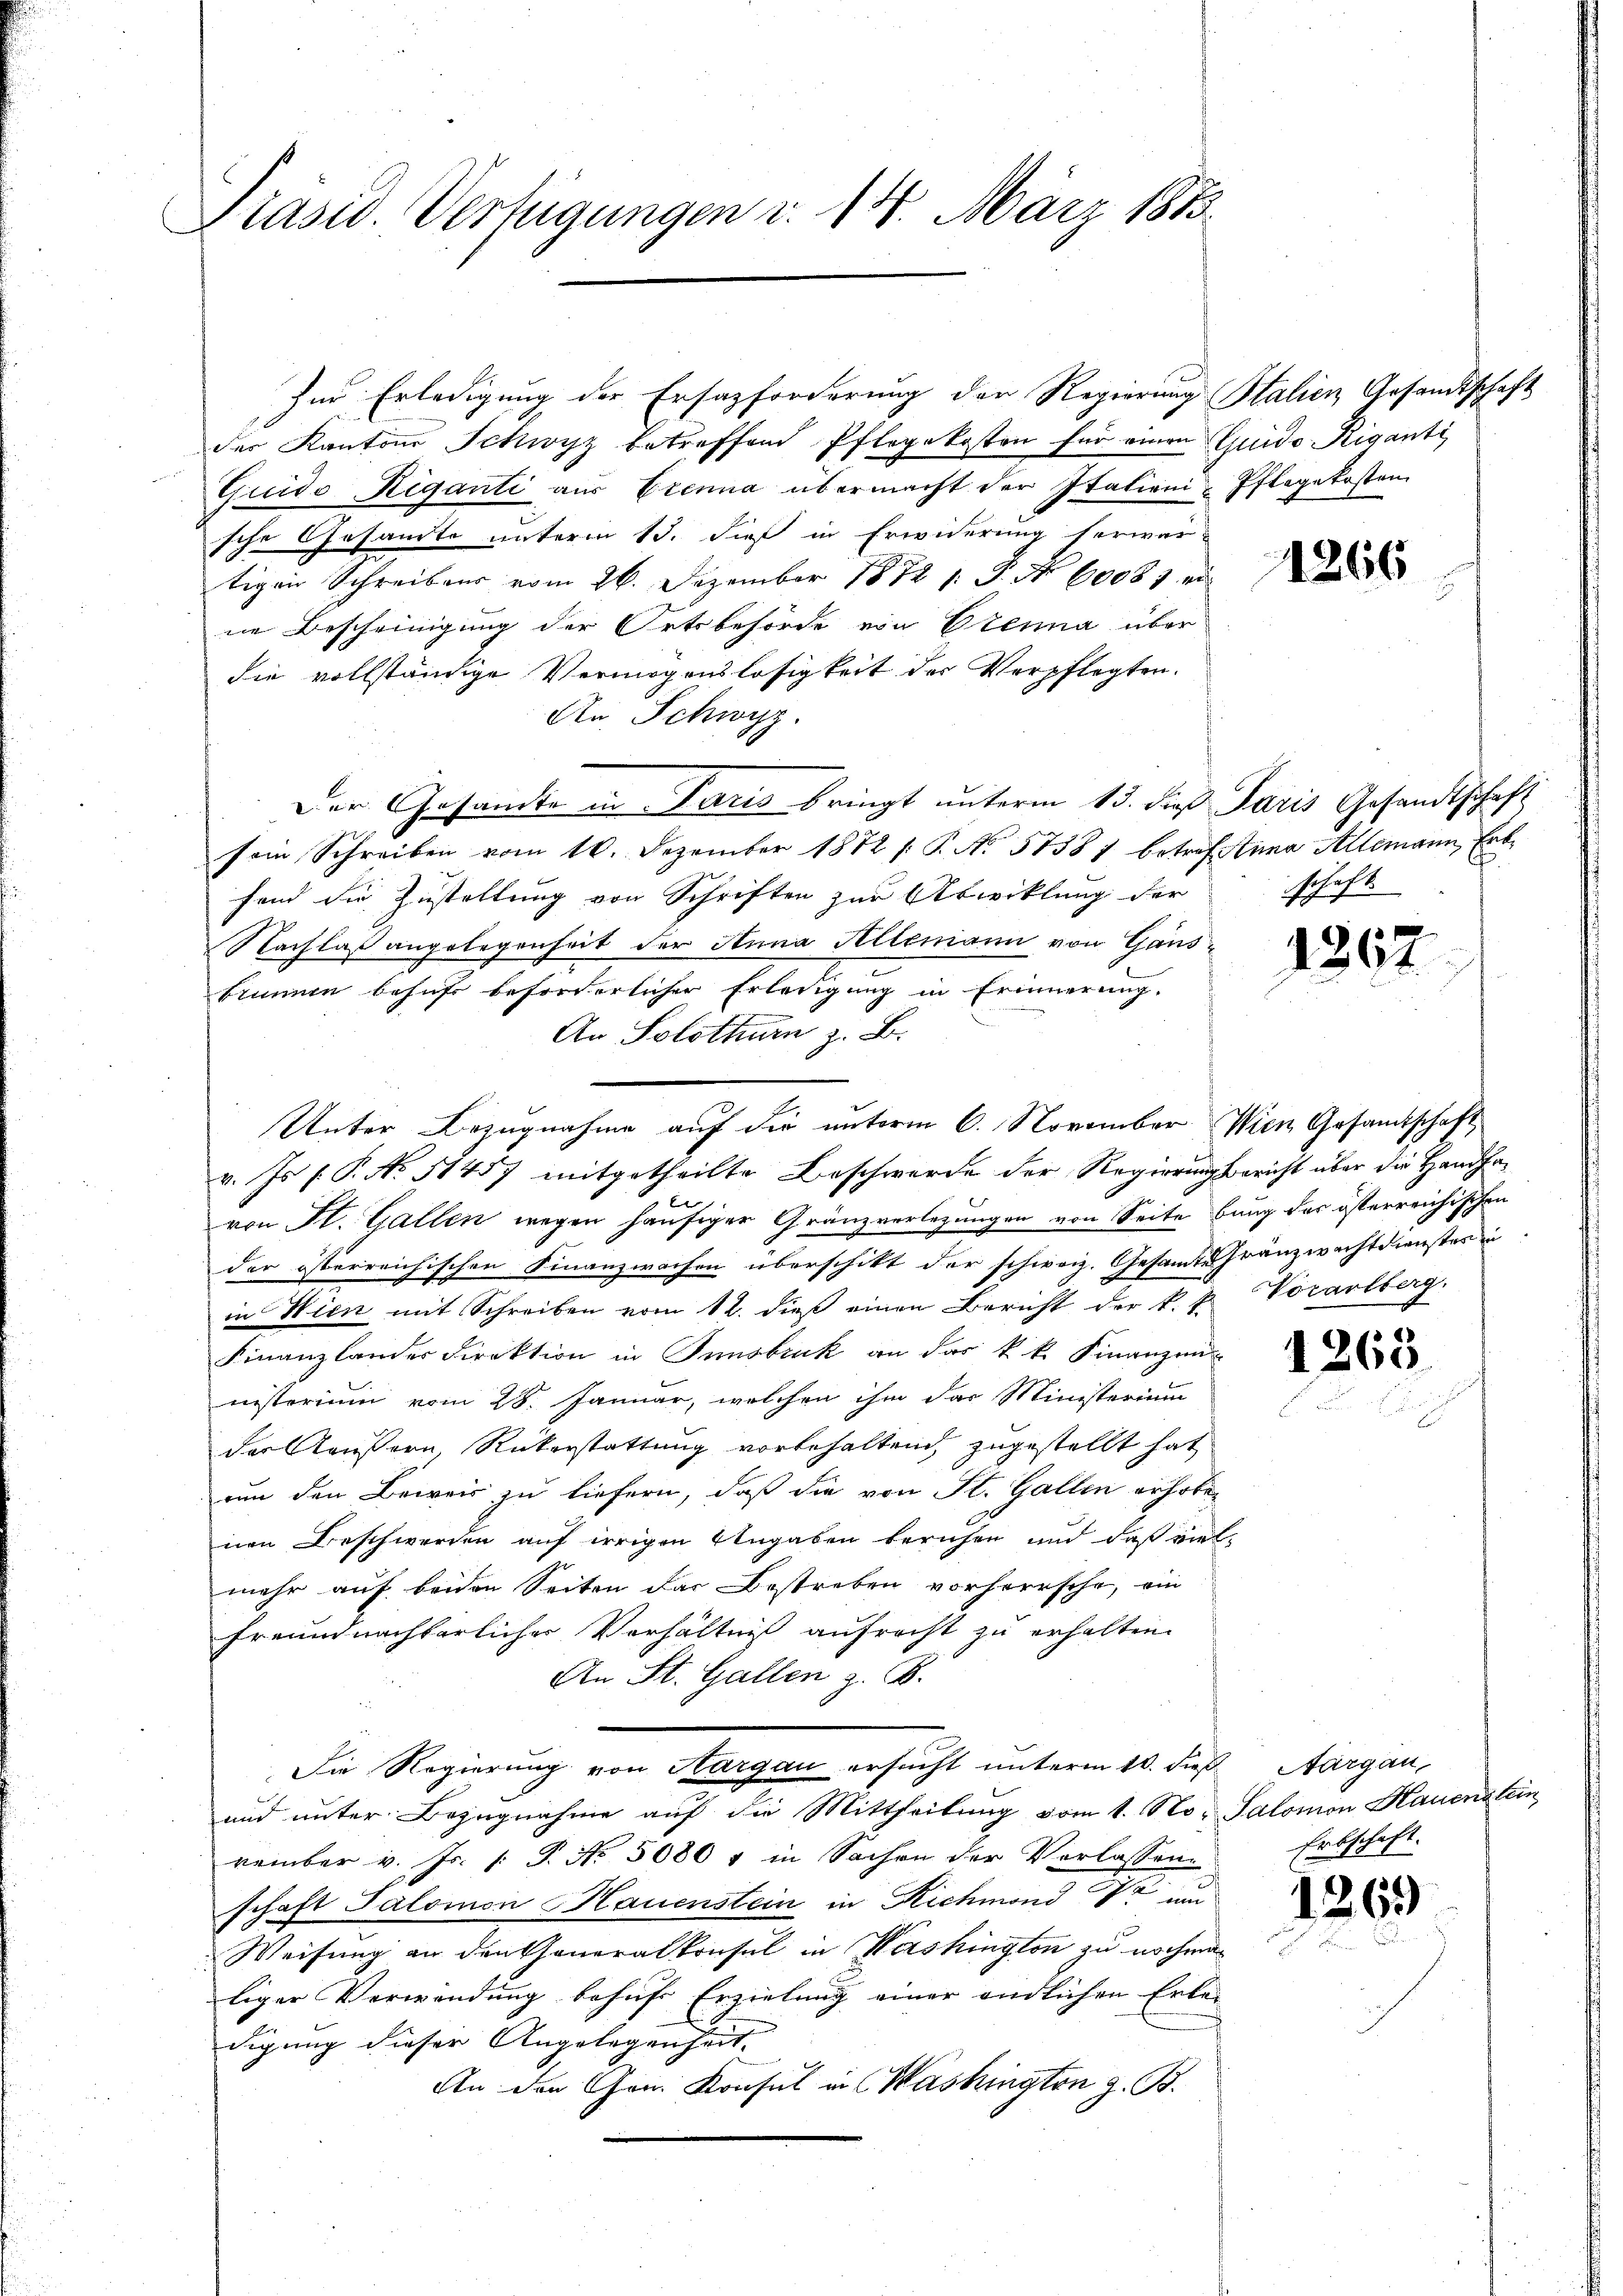
Präsid. Verfügungen d. 14. März 1883.

für Erledigung der Ersatzforderung der Regierung Stalien Gesandtschaft
der Kantons Schwyz betreffend Pflegekosten für einen Guido Riganti
Guido Riganti aus Erenna übermacht der Italieni-Pflegekosten
sche Gesandte unterm 15. dieß in Erwiderung herwar-
tigen Schreiben vom 26. Dezember 1872 s. P. No 60081 ve
ne Bescheinigung der Ortsbehörde von Otenna über
die vollständige Vermögenslosigkeit der Verpflegten.
An Schwyz.
Der Gesamte in Paris bringt unterm 13. di Paris Gesandtschaft
sein Schreiben vom 10. Dezember 1872 /: P. No. 57381 betreffina Allemann, Erbfend die Zustellung von Schriften zur Abwicklung derschaft
Nachlaß angelegenheit der Anna Allemann von Gäns¬
Stinne behufs beforderlicher Erledigung in Erinnerung.
An Solothurn z. B.
Unter Bezugnahme auf die unterm 6. November Wien Gesamtschaft
v. Js. f. P. No 51457 mitgetheilte Beschwerde der Regierungsbericht über die Handhar
von St. Gallen wegen häufiger Gränzverlegungen von Seite bung das österreichischen
der österreichischen Finanzwachen überschikt der schweiz. Gesamte Franzwachtdienster in
in Wien mit Schreiben vom 12. dieß einen Bericht der k. k.
Finanzlander Direktion in Innsbruck an das k. k. Finanzen
nisterium vom 28. Januar, welchen ihm das Ministerium
der Käufern, Rükerstattung vorbehaltend, zugestellt hat
un den Beweis zu liefern, daß die von St. Gallen erhoben
nen Beschwerden auf irrigen Angaben beruhen und daß viel-
mehr auf beiden Seiten das Bestreben vorherrsche, ein
freundnachbarliches Verhältniß aufrecht zu erhalten.
An St. Gallen z. B.
Die Regierung von Aargau ersucht unterm 10. dieß Aargau,
und unter Bezugnahme auf die Mittheilung vom 1. No. Salomon Hauenstein
vember v. Js. /: P. Nr. 50801 in Sachen der Verlassen-
schaft Salomon Hauenstein in Richmond Dr. und
Weisung an den Generalkonsul in Washington zu nochmaliger Verwendung behufe Erzielung einer endlichen Erle-
digung dieser Angelegenheit.
An den Gen. Konsul in Washington z. B.

1266

1862

Vorarlberg.

1260

Erbschaft.

1263)